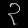
Digit: ၃